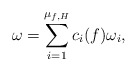
\begin{align*}\omega=\sum_{i=1}^{\mu_{f,H}}c_i(f)\omega_i,\end{align*}